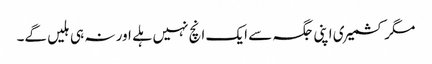
مگر کشمیری اپنی جگہ سے ایک انچ نہیں ہلے اور نہ ہی ہلیں گے۔